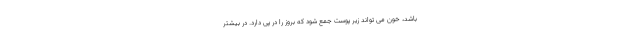
باشد، خون می تواند زیر پوست جمع شود که بروز را در پی دارد. در بیشتر